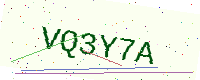
Text: VQ3Y7A